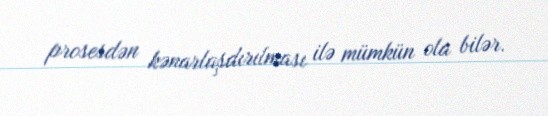
prosesdən kənarlaşdırılması ilə mümkün ola bilər.